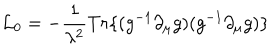
LaTeX: { \cal L } _ { 0 } = - \frac { 1 } { \lambda ^ { 2 } } T r \{ ( g ^ { - 1 } \partial _ { \mu } g ) ( g ^ { - 1 } \partial _ { \mu } g ) \}